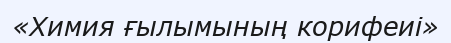
«Химия ғылымының корифеиі»